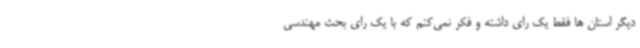
دیگر استان ها فقط یک رای داشته و فکر نمی‌کنم که با یک رای بحث مهندسی